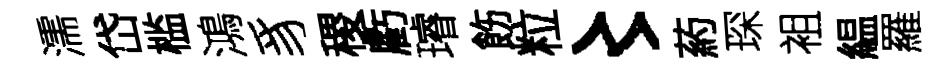
濡岱槛鴻豸稷虧璿飭粒〻葯琛袓緼羅